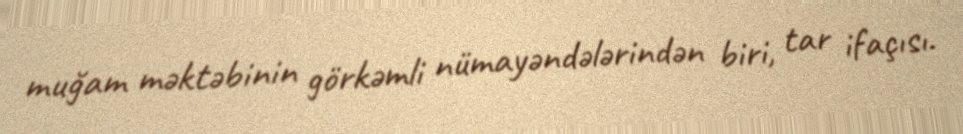
muğam məktəbinin görkəmli nümayəndələrindən biri, tar ifaçısı.